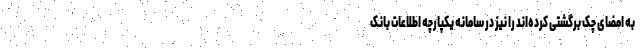
به امضای چک برگشتی کرده‌اند را نیز در سامانه یکپارچه اطلاعات بانک